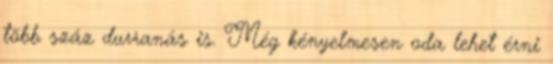
több száz durranás is. Még kényelmesen oda lehet érni